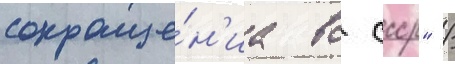
сокраще́н'иа вс ссср" /